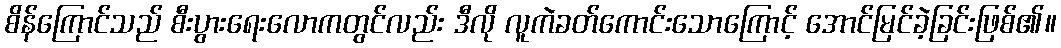
စိန်ကြောင်သည် စီးပွားရေးလောကတွင်လည်း ဒီလို လူကဲခတ်ကောင်းသောကြောင့် အောင်မြင်ခဲ့ခြင်းဖြစ်၏။